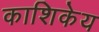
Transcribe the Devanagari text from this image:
काशिकेय